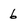
Character: 6